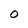
Character: O